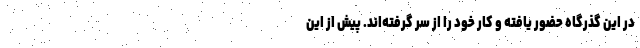
در این گذرگاه حضور یافته و کار خود را از سر گرفته‌اند. پیش از این